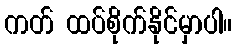
ကတ် ထပ်စိုက်နိုင်မှာပါ။